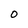
Character: O